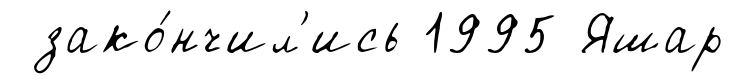
зако́нчил'ись 1995 Яшар